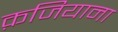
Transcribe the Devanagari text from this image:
क़जियाना